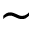
\sim